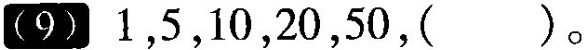
(9)1,5,10,20,50,( )。